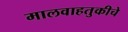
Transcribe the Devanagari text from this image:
मालवाहतुकीचे